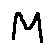
M